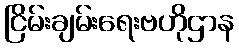
ငြိမ်းချမ်းရေးဗဟိုဌာန